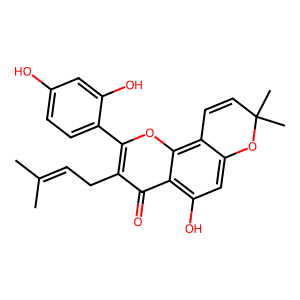
SMILES: CC(C)=CCc1c(-c2ccc(O)cc2O)oc2c3c(cc(O)c2c1=O)OC(C)(C)C=C3
Inhibits HIV replication: No